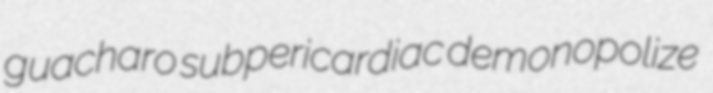
guacharo subpericardiac demonopolize